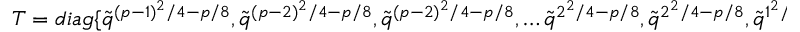
T = d i a g \{ \tilde { q } ^ { ( p - 1 ) ^ { 2 } / 4 - p / 8 } , \tilde { q } ^ { ( p - 2 ) ^ { 2 } / 4 - p / 8 } , \tilde { q } ^ { ( p - 2 ) ^ { 2 } / 4 - p / 8 } , \ldots \tilde { q } ^ { 2 ^ { 2 } / 4 - p / 8 } , \tilde { q } ^ { 2 ^ { 2 } / 4 - p / 8 } , \tilde { q } ^ { 1 ^ { 2 } / 4 - p / 8 } \}